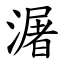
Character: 潳